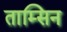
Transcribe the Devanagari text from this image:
ताम्सिन